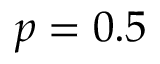
p = 0 . 5